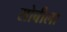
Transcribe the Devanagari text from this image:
सोबीला